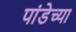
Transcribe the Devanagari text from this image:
पांडेच्या